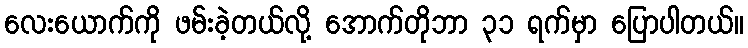
လေးယောက်ကို ဖမ်းခဲ့တယ်လို့ အောက်တိုဘာ ၃၁ ရက်မှာ ပြောပါတယ်။